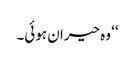
‘‘ وہ حیران ہوئی۔